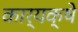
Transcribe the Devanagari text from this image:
कार्यक्षे